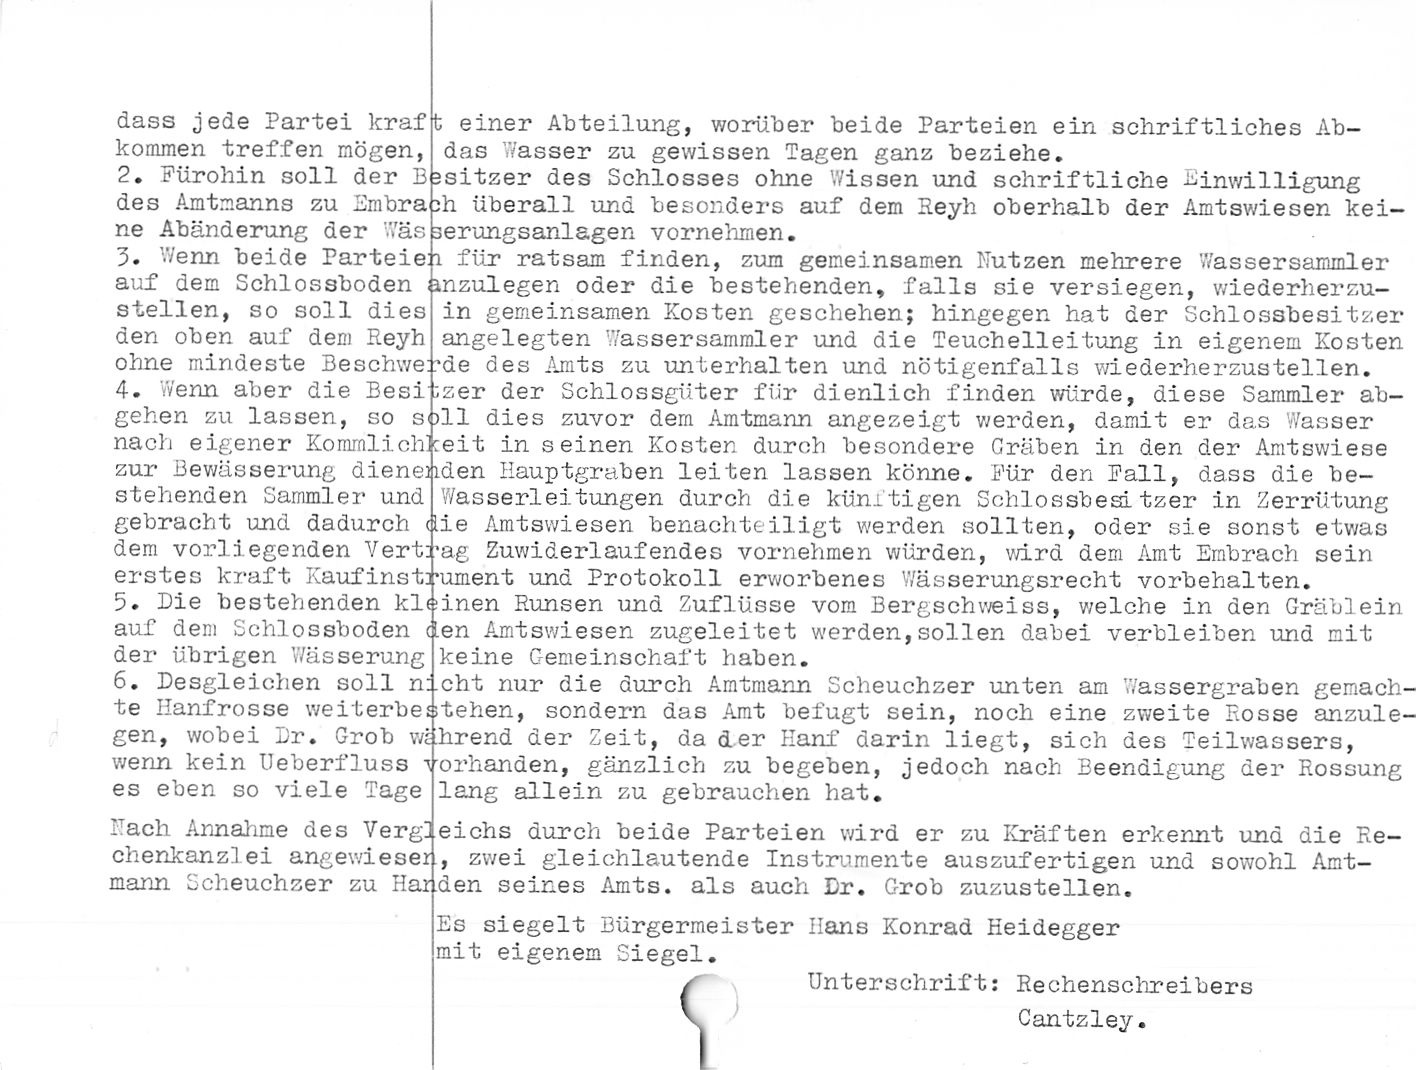
dass jede Partei kraf
kommen treffen mögen,

2. Fürohin soll der B
des Amtmanns zu Bin Br a
ne Abänderung der ’.Vä

3. Wenn beide Parteieh
auf dem Schlossboden
stellen, so soll dies
den oben auf dem Reyh
ohne mindeste Beschwe

4. Wenn aber die Besi
gehen zu lassen, so s
nach eigener Kommlich
zur Bewässerung dienen
stehenden Sammler und
gebracht und dadurch
dem vorliegenden Vert
erstes kraft Kaufinst:*

5. Die bestehenden kl
auf dem Schlossboden
der übrigen Wässerung

6. Desgleichen soll n
te Hanfrosse weiterbe
gen, wobei Dr. Grob W£
wenn kein Heberfluss
es eben so viele Tage

Hach Annahme des Verg
chenkanzlei angewieser
mann Scheuchzer zu Har

einer Abteilung, worüber beide Parteien ein schriftliches Ab-
das Wasser zu gewissen Tagen ganz beziehe.

sitzer des Schlosses ohne Wissen und schriftliche -Einwilligung
jh überall und besonders auf dem Reyh oberhalb der Amtswiesen kei-
serungsanlagen vornehmen.

für ratsam finden, zum gemeinsamen Nutzen mehrere Wassersammler
inzulegen oder die bestehenden, falls sie versiegen, wiederherzu-
in gemeinsamen Kosten geschehen; hingegen hat der Schlossbesitzer
angelegten Wassersammler und die Teuchelleitung in eigenem Kosten
de des Amts zu unterhalten und nötigenfalls wiederherzustellen,
zer der Schlossgüter für dienlich finden würde, diese Sammler ab-
'11 dies zuvor dem Amtmann angezeigt werden, damit er das Wasser
:eit in seinen Kosten durch besondere Gräben in den der Amtswiese
den Hauptgraben leiten lassen könne. Für den Fall, dass die be-
Wasserleitungen durch die künftigen Schlossbesitzer in Zerrütung
die Amtswiesen benachteiligt werden sollten, oder sie sonst etwas
;*ag Zuwiderlaufendes vornehmen würden, wird dem Amt Ernbrach sein
■ument und Protokoll erworbenes Wässerungsrecht Vorbehalten,
einen Runsen und Zuflüsse vom Bergschweiss, welche in den Grüblein
den Amtswiesen zugeleitet werden,sollen dabei verbleiben und mit
keine Gemeinschaft haben.

cht nur die durch Amtmann Scheuchzer unten am 'Vassergraben gemach¬
stehen, sondern das Amt befugt sein, noch eine zweite Rosse anzule-
hrend der Zeit, da der Hanf darin liegt, sich des Teilwassers,
orhanden, gänzlich zu begeben, jedoch nach Beendigung der Rossung
lang allein zu gebrauchen hat.

eichs durch beide Parteien wird er zu Kräften erkennt und die Re-
, zwei gleichlautende Instrumente auszufertigen und sowohl Amt-
den seines Amts, als auch Dr. Grob zuzustellen.

Es siegelt Bürgermeister Hans Konrad Heidegger
mit eigenem Siegel.

Unterschrift: Rechenschreibers
Cantzley.

<l